Ajaleht_Uus_Ilm, lk 7
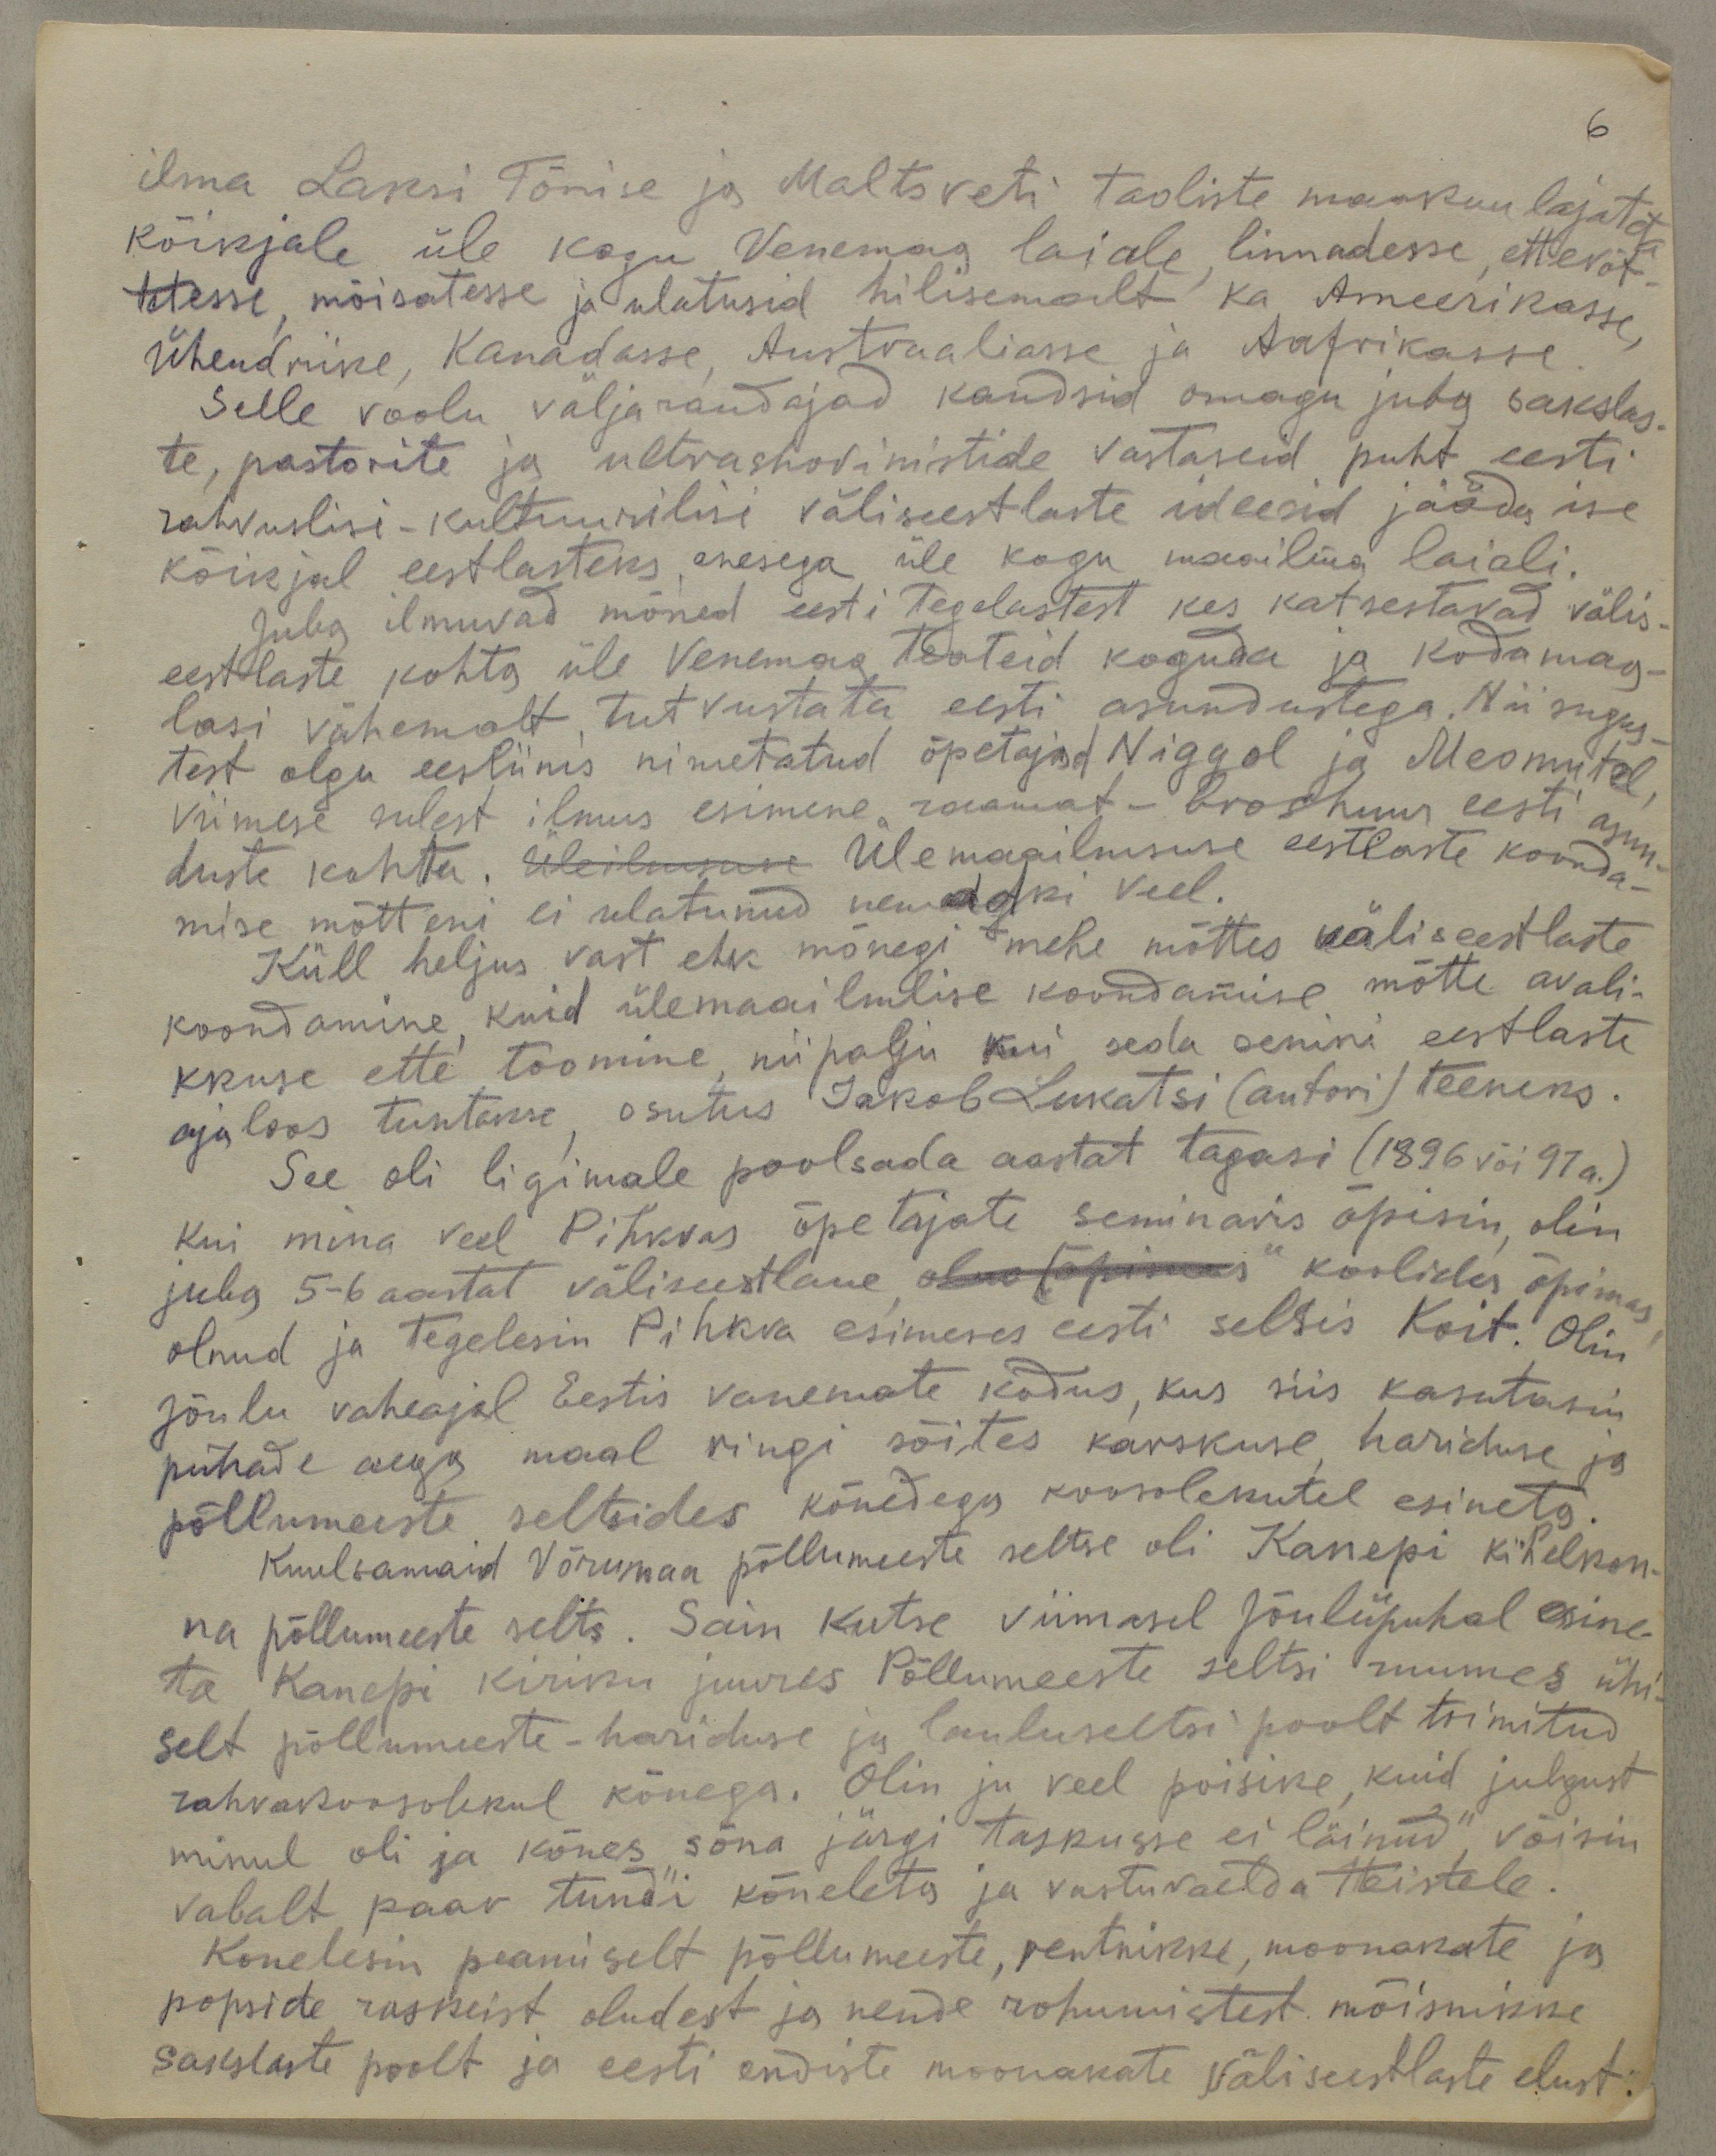
6

ilma Laksi Tõnise ja Maltsveti taoliste maakuulajate
kõikjale üle kogu Venemaa laiale linnadesse, ettevõt-
tetesse, mõisatesse ja ulatusid hilisemalt ka Ameerikasse
Ühendriike, Kanadasse, Austraaliasse ja Aafrikasse,
Selle voolu väljarandajad kandsid omagu juba sakslas-
te, pastorite ja ultrashovinistide vastaseid puht eesti
rahvuslisi-kultuurilisi väliseestlaste ideesid jääda ise
kõikjal eestlasteks, enesega üle kogu maailma laiali.
Juba ilmuvad mõned eesti tegelastest kes katsestavad välis-
eestlaste kohta üle Venemaa teateid koguda ja kodumaa-
lasi vähemalt tutvustata eesti asundustega. Nii sugus-
test olgu eesliinis nimetatud õpetajad Niggol ja Meomutel
viimese sulest ilmus esimene raamat-broshuur eesti asun-
duste kohta. Üleilmsuse Ülemaailmsuse eestlaste koonda-
mise mõtteni ei ulatanud nemadki veel.
Küll heljus vast ehk mõnegi mehe mõttes väliseestlaste
koondamine kuid ülemaailmlise koondamise mõtte avali-
kkuse ette toomine niipalju kui seda senini eestlaste
ajaloos tuntakse osutus Jakob Lukatsi (autori) teeneks.
See oli ligimale poolsada aastat tagasi (1896 või 97a.)
kui mina veel Pihkvas õpetajate seminaris õpisin, olin
juba 5-6 aastat väliseestlane olustõpimees" koolides õpimas
olnud ja tegelesin Pihkva esimeses eesti seltsis Koit. Olin
jõulu vaheajal Eestis vanemate kodus, kus siis kasutasin
pühade aega maal ringi sõites karskuse hariduse ja
põllumeeste seltsides kõnedega koosolekutel esineta.
Kuulsamaid Võrumaa põllumeeste seltse oli Kanepi kihelkon-
na põllumeeste selts. Sain kutse viimasel Jõulüpuhal esine-
ta Kanepi kiriku juures Põllumeeste seltsi ruumes ühi-
selt põllumeeste-hariduse ja lauluseltsi poolt toimitud
rahvakoosolekul kõnega. Olin ju veel poisike, kuid julgust
minul oli ja kõnes sõna järgi taskusse ei läinud" võisin
vabalt paar tundi kõneleta ja vastuvaelda teistele.
Konelesin peamiselt põllumeeste, rentnikke, moonakate ja
popside raskeist oludest ja nende rohumistest mõisnikke
sakslaste poolt ja eesti endiste moonakate väliseestlaste elust.